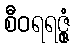
စီဝရရဇ္ဇုံ